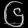
Digit: ၆